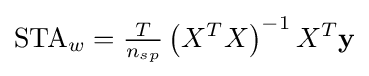
\mathrm {STA} _{w}={\tfrac {T}{n_{sp}}}\left(X^{T}X\right)^{-1}X^{T}\mathbf {y}